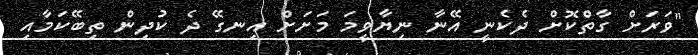
"ވަރަށް ގާތްކޮށް ދެކެނީ އޭނާ ނިޔާވީމަ މަށަށް އިނގޭ ދެ ކުދިން ތިބޭކަމާއި